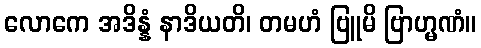
လောကေ အဒိန္နံ နာဒိယတိ၊ တမဟံ ဗြူမိ ဗြာဟ္မဏံ။